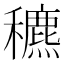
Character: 穮